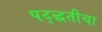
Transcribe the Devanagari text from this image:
पद्द्धतीचा